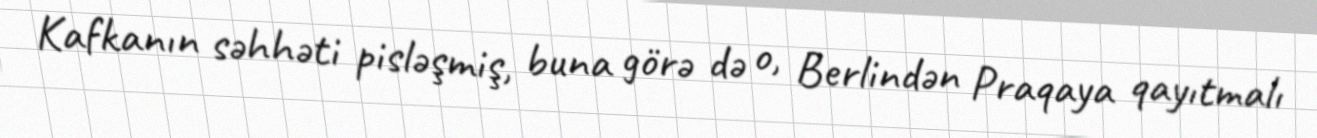
Kafkanın səhhəti pisləşmiş, buna görə də o, Berlindən Praqaya qayıtmalı